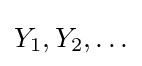
Y_{1},Y_{2},\ldots